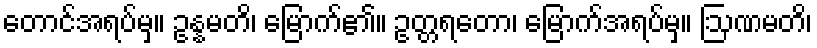
တောင်အရပ်မှ။ ဥန္နမတိ၊ မြောက်၏။ ဥတ္တရတော၊ မြောက်အရပ်မှ။ ဩဏမတိ၊